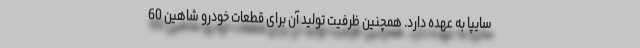
سایپا به عهده دارد. همچنین ظرفیت تولید آن برای قطعات خودرو شاهین 60